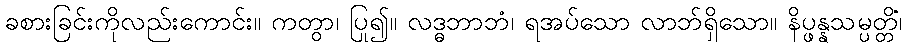
ခစားခြင်းကိုလည်းကောင်း။ ကတွာ၊ ပြု၍။ လဒ္ဓဘာဘံ၊ ရအပ်သော လာဘ်ရှိသော။ နိပ္ဖန္နသမ္ပတ္တိံ၊